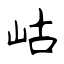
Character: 岵